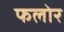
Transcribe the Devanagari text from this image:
फलोर